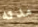
مدته